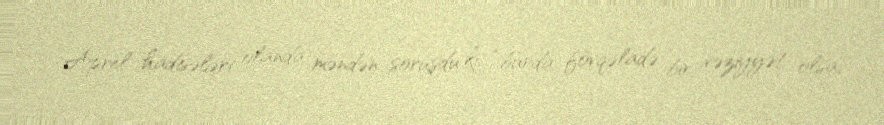
Aprel hadisələri olanda məndən soruşdu ki, “burda fövqəladə bir vəziyyət olsa,